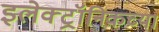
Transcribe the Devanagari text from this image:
इलेक्ट्रॉनिकच्या